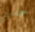
علي